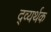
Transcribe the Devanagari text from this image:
द्व्यर्थक